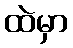
ထဲမှာ